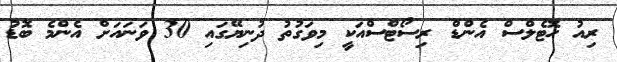
ރިއު ހޮޓެލްސް އެންޑް ރިސޯޓްސްއަކީ މިވަގުތު ދުނިޔޭގައި 30 ވަނައަށް އެންމެ ބޮޑު